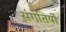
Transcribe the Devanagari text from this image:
संगतियों